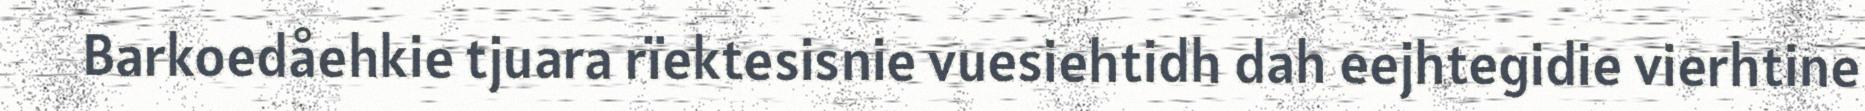
Barkoedåehkie tjuara rïektesisnie vuesiehtidh dah eejhtegidie vierhtine